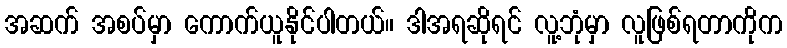
အဆက် အစပ်မှာ ကောက်ယူနိုင်ပါတယ်။ ဒါအရဆိုရင် လူ့ဘုံမှာ လူဖြစ်ရတာကိုက